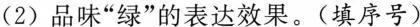
(2)品味”绿”的表达效果。(填序号)